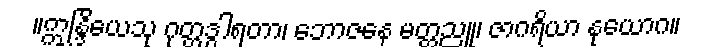
။ဣန္ဒြိယေသု ဂုတ္တဒွါရတာ၊ ဘောဇနေ မတ္တညူ၊ ဇာဂရိယာ နုယောဂ။